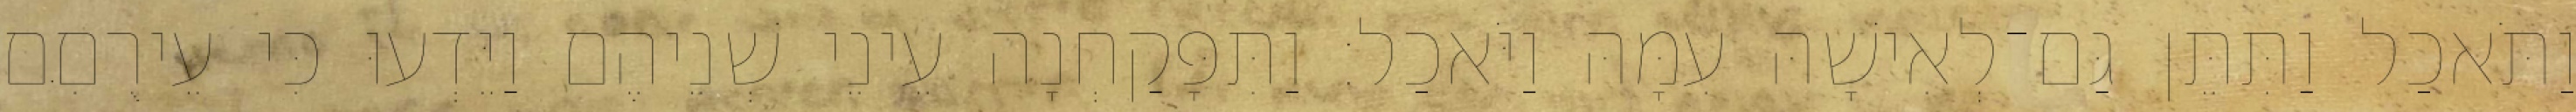
וַתֹּאכַל וַתִּתֵּן גַּם־לְאִישָׁהּ עִמָּהּ וַיֹּאכַל׃ וַתִּפָּקַחְנָה עֵינֵי שְׁנֵיהֶם וַיֵּדְעוּ כִּי עֵירֻםִּם